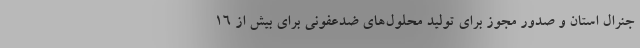
جنرال استان و صدور مجوز برای تولید محلول‌های ضدعفونی برای بیش از ۱۶